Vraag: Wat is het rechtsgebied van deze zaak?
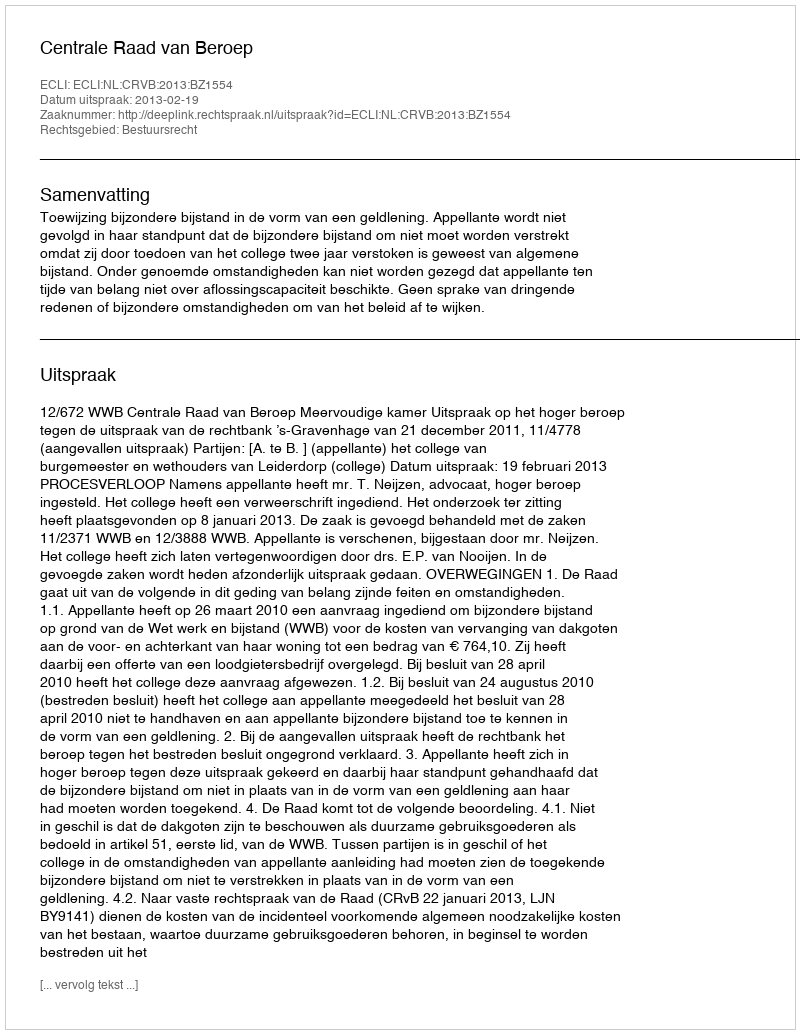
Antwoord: Bestuursrecht